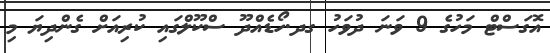
އޮގަސްޓް މަހުގެ 9 ވަނަ ދުވަހު ގދ.ހޯޑެއްދޫ ސްކޫލްގައި ކުރިއަށް ގެންދިޔަ މި